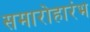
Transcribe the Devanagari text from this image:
समारोहारंभ